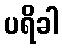
ပရိခါ